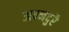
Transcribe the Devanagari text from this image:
अन्नदुरै